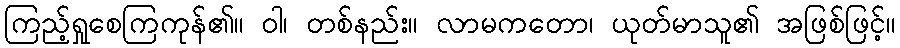
ကြည့်ရှုစေကြကုန်၏။ ဝါ၊ တစ်နည်း။ လာမကတော၊ ယုတ်မာသူ၏ အဖြစ်ဖြင့်။